Source: Computer-generated
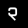
Digit: ၃ (3)